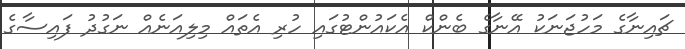
ޗައިނާގެ މަހުޖަނަކު އޭނާގެ ބެންކް އެކައުންޓުގައި ހުރި އެތައް މިލިއަނެއް ނަގުދު ފައިސާގެ